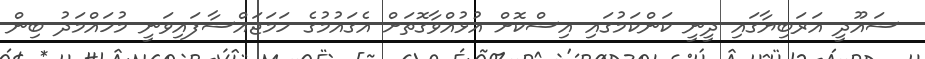
ސައޫދީ އަރަބިޔާގައި ދީނީ ކަންކަމުގައި އިސްކޮށް އުޅުއްވާގޮތަށް އެގައުުމުގެ ހަމަޖައްސާފައިވަނީ މުހައްމަދު ބިން